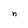
Character: n